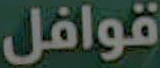
قوافل